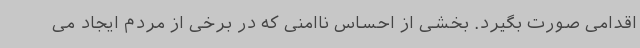
اقدامی صورت بگیرد. بخشی از احساس ناامنی که در برخی از مردم ایجاد می